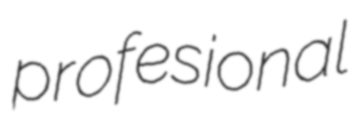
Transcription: profesional